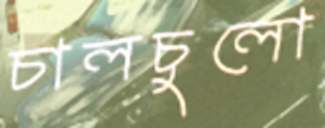
চালচুলো